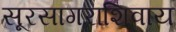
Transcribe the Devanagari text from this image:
सूरसागराशिवाय